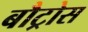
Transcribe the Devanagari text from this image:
बौट्रोस